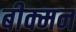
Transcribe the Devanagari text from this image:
बीक्मन